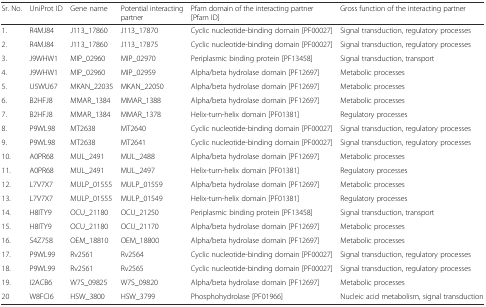
<table><thead><tr><td><b>Sr. No.</b></td><td><b>UniProt ID</b></td><td><b>Gene name</b></td><td><b>Potential interacting partner</b></td><td><b>Pfam domain of the interacting partner [Pfam ID]</b></td><td><b>Gross function of the interacting partner</b></td></tr></thead><tbody><tr><td>1.</td><td>R4MJ84</td><td>J113_17860</td><td>J113_17870</td><td>Cyclic nucleotide-binding domain [PF00027]</td><td>Signal transduction, regulatory processes</td></tr><tr><td>2.</td><td>R4MJ84</td><td>J113_17860</td><td>J113_17875</td><td>Cyclic nucleotide-binding domain [PF00027]</td><td>Signal transduction, regulatory processes</td></tr><tr><td>3.</td><td>J9WHW1</td><td>MIP_02960</td><td>MIP_02970</td><td>Periplasmic binding protein [PF13458]</td><td>Signal transduction, transport</td></tr><tr><td>4.</td><td>J9WHW1</td><td>MIP_02960</td><td>MIP_02959</td><td>Alpha/beta hydrolase domain [PF12697]</td><td>Metabolic processes</td></tr><tr><td>5.</td><td>U5WU67</td><td>MKAN_22035</td><td>MKAN_22050</td><td>Alpha/beta hydrolase domain [PF12697]</td><td>Metabolic processes</td></tr><tr><td>6.</td><td>B2HFJ8</td><td>MMAR_1384</td><td>MMAR_1388</td><td>Alpha/beta hydrolase domain [PF12697]</td><td>Metabolic processes</td></tr><tr><td>7.</td><td>B2HFJ8</td><td>MMAR_1384</td><td>MMAR_1378</td><td>Helix-turn-helix domain [PF01381]</td><td>Regulatory processes</td></tr><tr><td>8.</td><td>P9WL98</td><td>MT2638</td><td>MT2640</td><td>Cyclic nucleotide-binding domain [PF00027]</td><td>Signal transduction, regulatory processes</td></tr><tr><td>9.</td><td>P9WL98</td><td>MT2638</td><td>MT2641</td><td>Cyclic nucleotide-binding domain [PF00027]</td><td>Signal transduction, regulatory processes</td></tr><tr><td>10.</td><td>A0PR68</td><td>MUL_2491</td><td>MUL_2488</td><td>Alpha/beta hydrolase domain [PF12697]</td><td>Metabolic processes</td></tr><tr><td>11.</td><td>A0PR68</td><td>MUL_2491</td><td>MUL_2497</td><td>Helix-turn-helix domain [PF01381]</td><td>Regulatory processes</td></tr><tr><td>12.</td><td>L7V7X7</td><td>MULP_01555</td><td>MULP_01559</td><td>Alpha/beta hydrolase domain [PF12697]</td><td>Metabolic processes</td></tr><tr><td>13.</td><td>L7V7X7</td><td>MULP_01555</td><td>MULP_01549</td><td>Helix-turn-helix domain [PF01381]</td><td>Regulatory processes</td></tr><tr><td>14.</td><td>H8ITY9</td><td>OCU_21180</td><td>OCU_21250</td><td>Periplasmic binding protein [PF13458]</td><td>Signal transduction, transport</td></tr><tr><td>15.</td><td>H8ITY9</td><td>OCU_21180</td><td>OCU_21170</td><td>Alpha/beta hydrolase domain [PF12697]</td><td>Metabolic processes</td></tr><tr><td>16.</td><td>S4Z758</td><td>OEM_18810</td><td>OEM_18800</td><td>Alpha/beta hydrolase domain [PF12697]</td><td>Metabolic processes</td></tr><tr><td>17.</td><td>P9WL99</td><td>Rv2561</td><td>Rv2564</td><td>Cyclic nucleotide-binding domain [PF00027]</td><td>Signal transduction, regulatory processes</td></tr><tr><td>18.</td><td>P9WL99</td><td>Rv2561</td><td>Rv2565</td><td>Cyclic nucleotide-binding domain [PF00027]</td><td>Signal transduction, regulatory processes</td></tr><tr><td>19.</td><td>I2ACB6</td><td>W7S_09825</td><td>W7S_09820</td><td>Alpha/beta hydrolase domain [PF12697]</td><td>Metabolic processes</td></tr><tr><td>20</td><td>W8FCI6</td><td>HSW_3800</td><td>HSW_3799</td><td>Phosphohydrolase [PF01966]</td><td>Nucleic acid metabolism, signal transduction</td></tr></tbody></table>